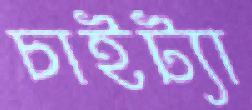
চাইট্যা